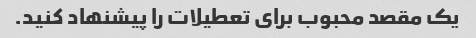
یک مقصد محبوب برای تعطیلات را پیشنهاد کنید.